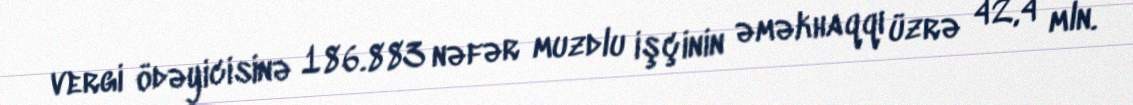
vergi ödəyicisinə 186.883 nəfər muzdlu işçinin əməkhaqqı üzrə 42,4 mln.